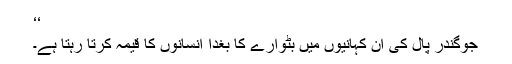
‘‘
جوگندر پال کی ان کہانیوں میں بٹوارے کا بُغدا انسانوں کا قیمہ کرتا رہتا ہے۔